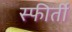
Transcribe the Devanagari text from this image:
स्फीर्ती